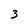
Character: 3